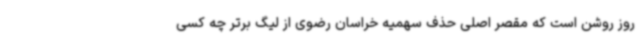
روز روشن است که مقصر اصلی حذف سهمیه خراسان رضوی از لیگ برتر چه کسی